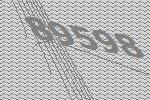
89598